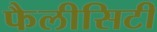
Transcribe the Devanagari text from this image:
फैलीसिटी